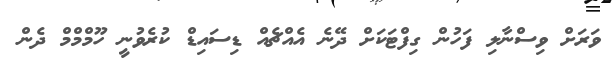
ވަރަށް ވިސްނާލި ފަހުން ގިފްޓަކަށް ދޭނެ އެއްޗެއް ޑިސައިޑް ކުރެވުނީ ހޫމްމްމް ދެން